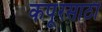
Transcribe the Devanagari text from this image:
कपूरसाठी